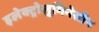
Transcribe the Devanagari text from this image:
इलेक्ट्रोलुमिनेसीन